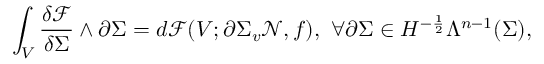
\int _ { V } \frac { \delta \mathcal { F } } { \delta \Sigma } \wedge \partial \Sigma = d \mathcal { F } ( V ; \partial \Sigma _ { v } \mathcal { N } , f ) , \ \forall \partial \Sigma \in H ^ { - \frac { 1 } { 2 } } \Lambda ^ { n - 1 } ( \Sigma ) ,